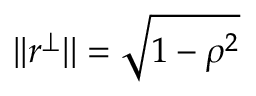
| | r ^ { \perp } | | = \sqrt { 1 - \rho ^ { 2 } }